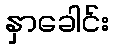
နှာခေါင်း